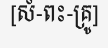
[សំ-ពះ-គ្រូ]